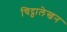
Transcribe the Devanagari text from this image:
चिट्ठालेखन